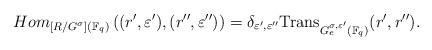
LaTeX: \begin{align*}Hom_{[R\slash G^{\sigma}](\mathbb{F}_q)} \left( (r^{\prime}, \varepsilon^{\prime}) , (r^{\prime \prime}, \varepsilon^{\prime\prime}) \right) = \delta_{\varepsilon^{\prime},\varepsilon^{\prime\prime}} \mbox{Trans}_{G_e^{\sigma, \varepsilon^{\prime}}(\mathbb{F}_q)}(r^{\prime}, r^{\prime \prime}).\end{align*}